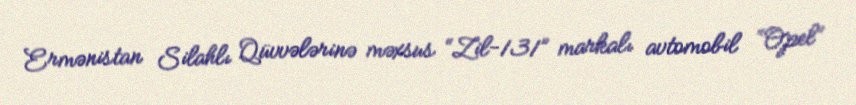
Ermənistan Silahlı Qüvvələrinə məxsus “Zil-131” markalı avtomobil “Opel”